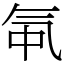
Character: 㲴